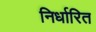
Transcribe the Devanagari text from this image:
निर्धारित